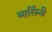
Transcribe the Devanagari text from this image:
मार्सिनी